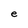
Character: e